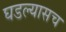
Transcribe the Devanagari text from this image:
घडल्यासच